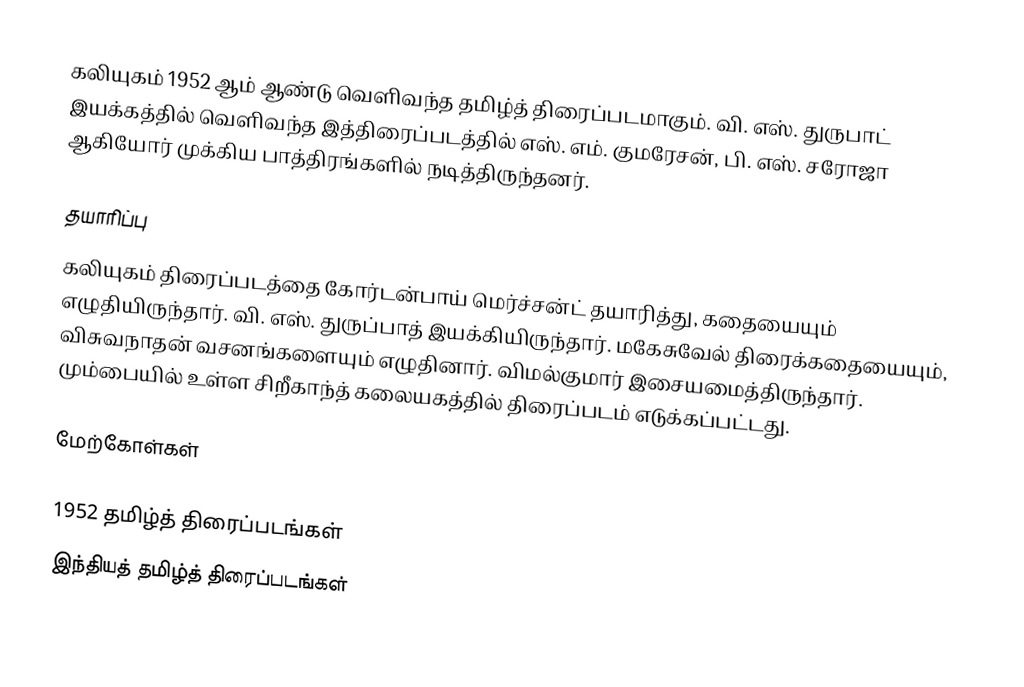
கலியுகம் 1952 ஆம் ஆண்டு வெளிவந்த தமிழ்த் திரைப்படமாகும். வி. எஸ். துருபாட் இயக்கத்தில் வெளிவந்த இத்திரைப்படத்தில் எஸ். எம். குமரேசன், பி. எஸ். சரோஜா ஆகியோர் முக்கிய பாத்திரங்களில் நடித்திருந்தனர்.

தயாரிப்பு
கலியுகம் திரைப்படத்தை கோர்டன்பாய் மெர்ச்சன்ட் தயாரித்து, கதையையும் எழுதியிருந்தார். வி. எஸ். துருப்பாத் இயக்கியிருந்தார். மகேசுவேல் திரைக்கதையையும், விசுவநாதன் வசனங்களையும் எழுதினார். விமல்குமார் இசையமைத்திருந்தார். மும்பையில் உள்ள சிறீகாந்த் கலையகத்தில் திரைப்படம் எடுக்கப்பட்டது.

மேற்கோள்கள்

1952 தமிழ்த் திரைப்படங்கள்
இந்தியத் தமிழ்த் திரைப்படங்கள்